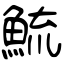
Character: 鯍